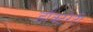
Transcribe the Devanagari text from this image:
डॉक्टरेटी